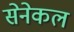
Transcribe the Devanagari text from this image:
सेनेकल